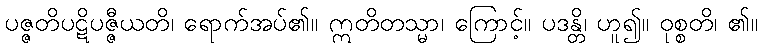
ပဇ္ဇတိပဋိပဇ္ဇီယတိ၊ ရောက်အပ်၏။ ဣတိတသ္မာ၊ ကြောင့်။ ပဒန္တိ၊ ဟူ၍။ ဝုစ္စတိ၊ ၏။